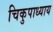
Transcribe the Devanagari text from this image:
चिकुपाध्याय